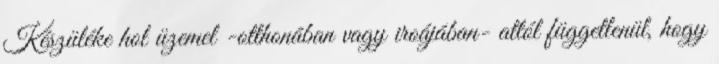
Készüléke hol üzemel -otthonában vagy iroájában- attól függetlenül, hogy